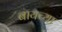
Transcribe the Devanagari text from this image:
बायच्या